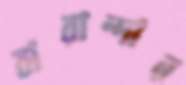
বারান্দার